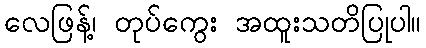
လေဖြန့်၊ တုပ်ကွေး အထူးသတိပြုပါ။